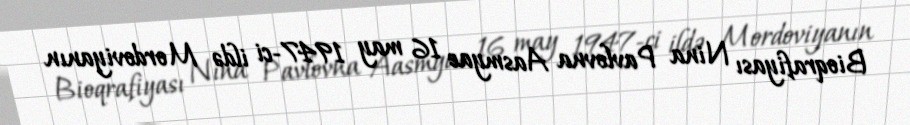
Bioqrafiyası Nina Pavlovna Aasmyae 16 may 1947-ci ildə Mordoviyanın